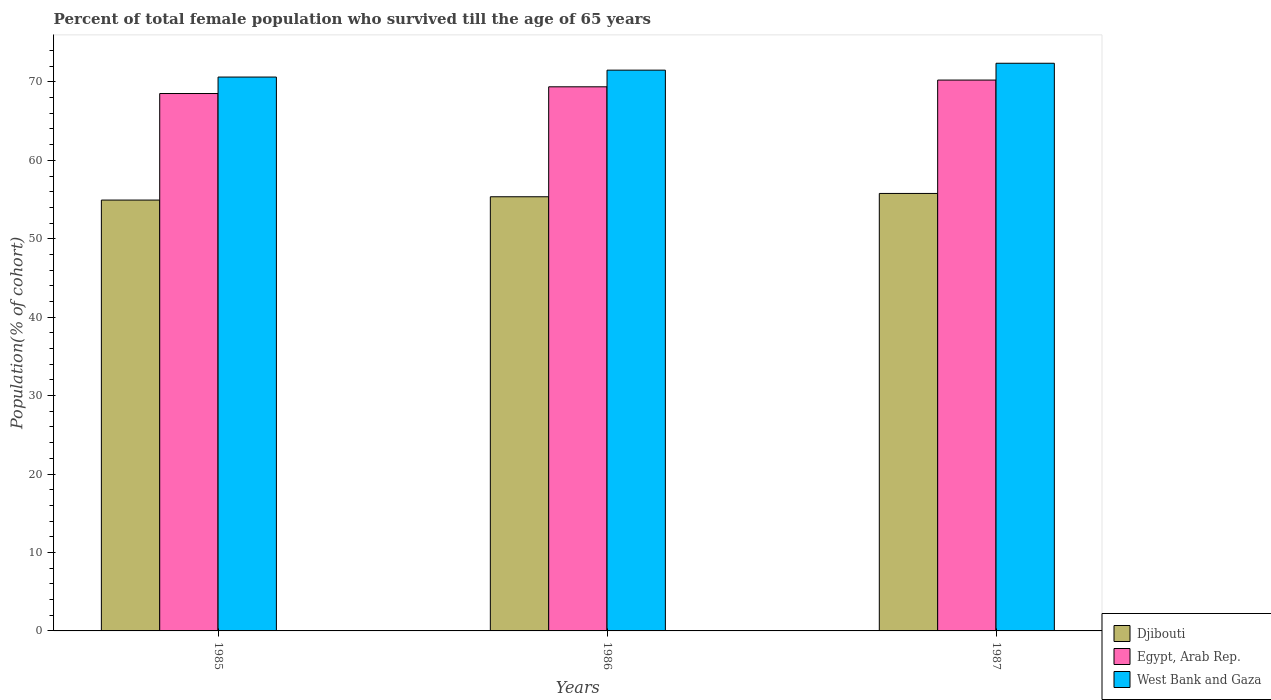
| Years | Djibouti | Egypt, Arab Rep. | West Bank and Gaza |
 | --- | --- | --- | --- |
 | 1985 | 54.9 | 68.5 | 70.6 |
 | 1986 | 55.4 | 69.4 | 71.5 |
 | 1987 | 55.8 | 70.2 | 72.4 |